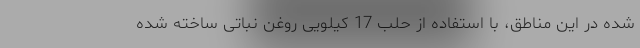
شده در این مناطق، با استفاده از حلبِ 17 کیلویی روغن نباتی ساخته شده